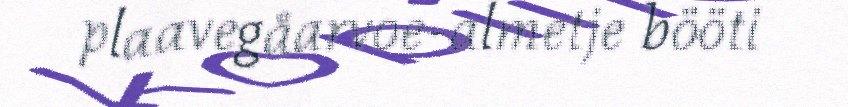
plaavegåarvoe-almetje bööti